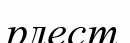
рлест